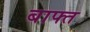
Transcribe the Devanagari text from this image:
बाफ्त